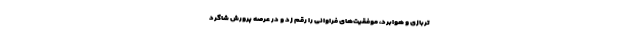
تربازی و هوابرد، موفقیت‌های فراوانی را رقم زد و در عرصه پرورش شاگرد